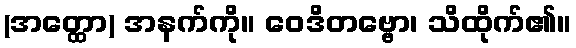
(အတ္ထော) အနက်ကို။ ဝေဒိတဗ္ဗော၊ သိထိုက်၏။